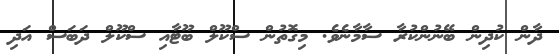
ދާން ކުދިން ބޭނުންކުރާ ސާމާނެވެ. މިގޮތުން ސްކޫލް ބޫޓާއި ސްކޫލް ދަބަސް އަދި